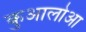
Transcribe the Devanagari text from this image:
कुआलोआ